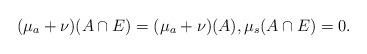
LaTeX: \begin{align*}(\mu_a+\nu)(A\cap E)=(\mu_a+\nu)(A), \mu_s(A\cap E)=0.\end{align*}